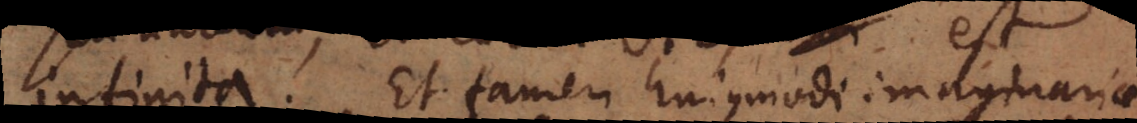
est infinita. Et tamen hujusmodi imaginaria